画像に写った文字を読んでください
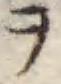
「ヲ」と書いてあります